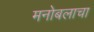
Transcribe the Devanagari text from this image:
मनोबलाचा